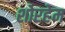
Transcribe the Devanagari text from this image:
शोरहेम